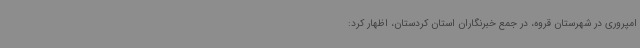
امپروری در شهرستان قروه، در جمع خبرنگاران استان کردستان، اظهار کرد: